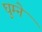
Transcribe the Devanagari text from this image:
घुम्ने